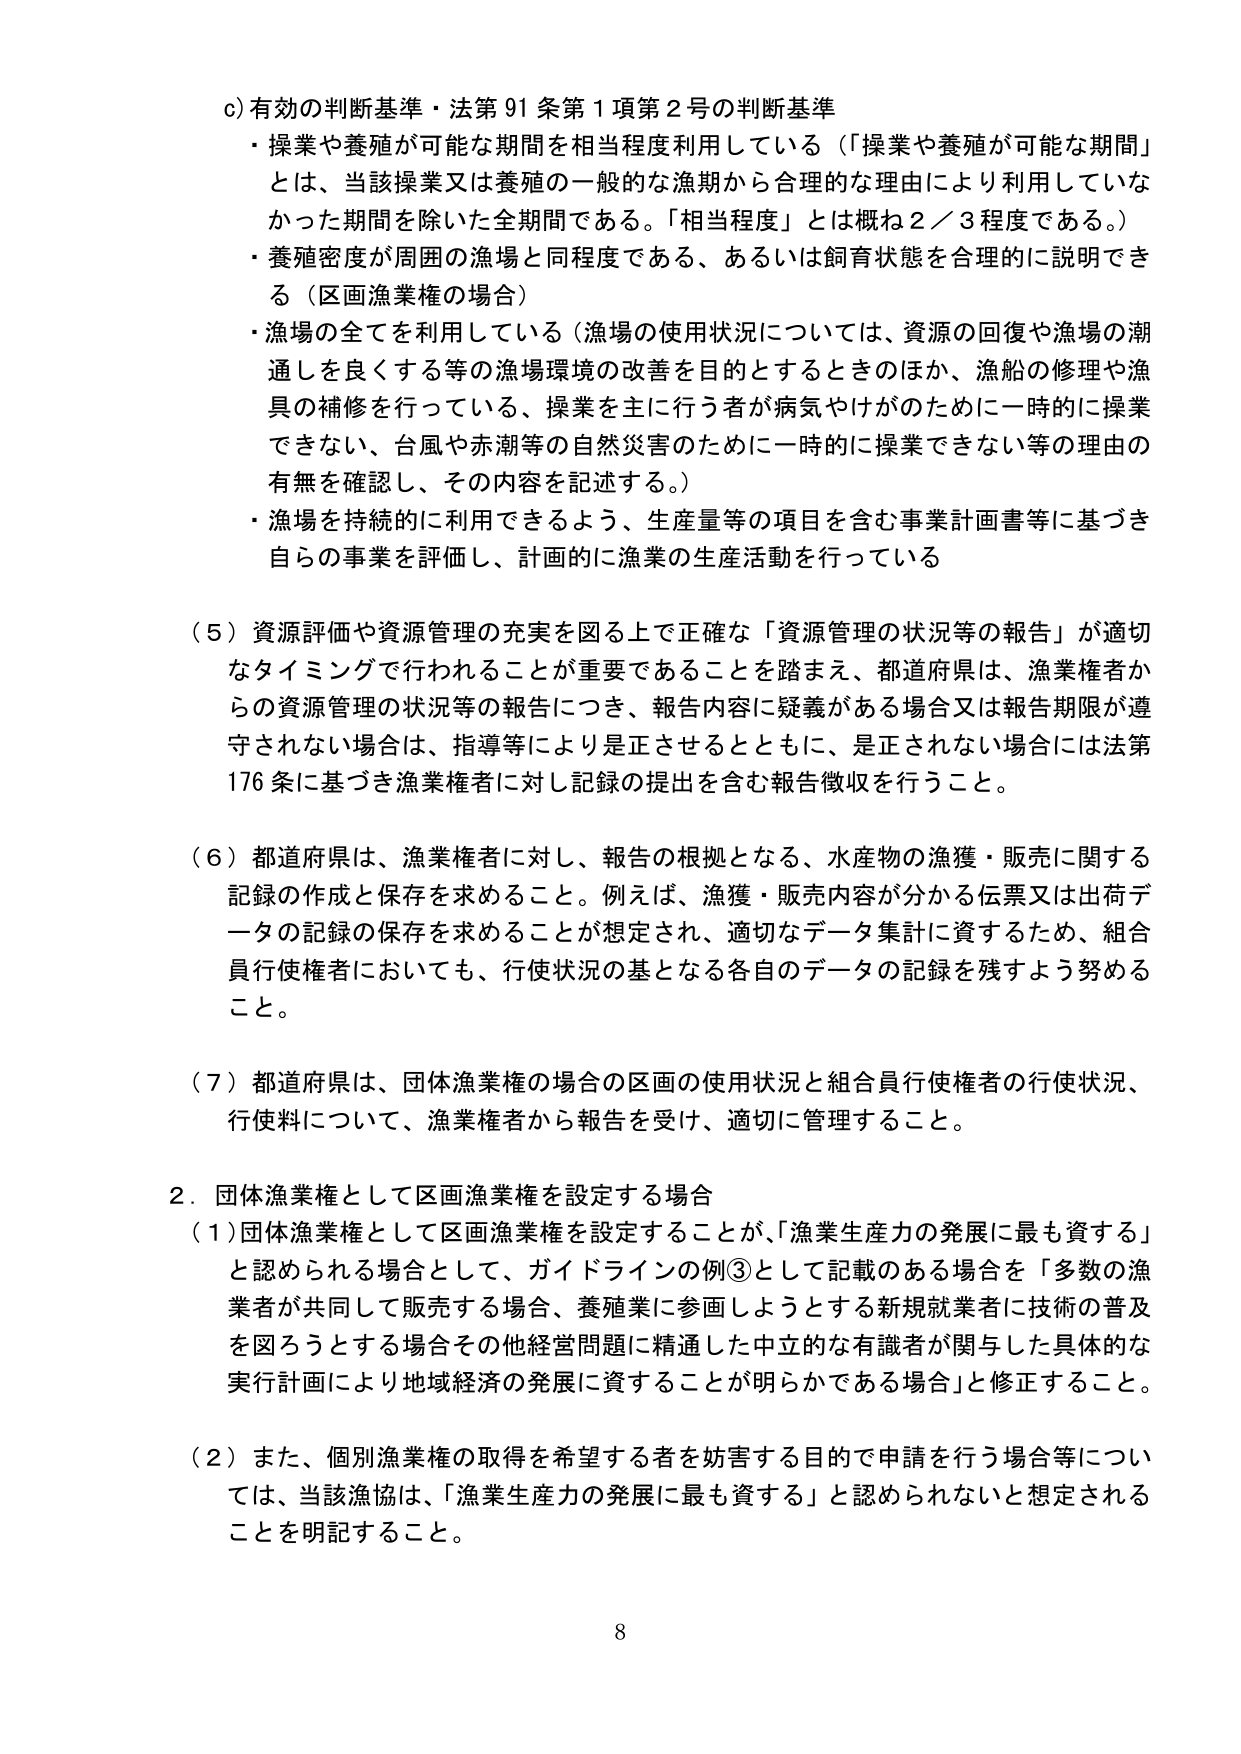
c) 有効の判断基準・法第91条第1項第2号の判断基準
・操業や養殖が可能な期間を相当程度利用している（「操業や養殖が可能な期間」とは、当該操業又は養殖の一般的な漁期から合理的な理由により利用していなかった期間を除いた全期間である。「相当程度」とは概ね2／3程度である。）
・養殖密度が周囲の漁場と同程度である、あるいは飼育状態を合理的に説明できる（区画漁業権の場合）
・漁場の全てを利用している（漁場の使用状況については、資源の回復や漁場の潮通しを良くする等の漁場環境の改善を目的とするときのほか、漁船の修理や漁具の補修を行っている、操業を主に行う者が病気やけがのために一時的に操業できない、台風や赤潮等の自然災害のために一時的に操業できない等の理由の有無を確認し、その内容を記述する。）
・漁場を持続的に利用できるよう、生産量等の項目を含む事業計画書等に基づき自らの事業を評価し、計画的に漁業の生産活動を行っている

（5）資源評価や資源管理の充実を図る上で正確な「資源管理の状況等の報告」が適切なタイミングで行われることが重要であることを踏まえ、都道府県は、漁業権者からの資源管理の状況等の報告につき、報告内容に疑義がある場合又は報告期限が遵守されない場合は、指導等により是正させるとともに、是正されない場合には法第176条に基づき漁業権者に対し記録の提出を含む報告徴収を行うこと。

（6）都道府県は、漁業権者に対し、報告の根拠となる、水産物の漁獲・販売に関する記録の作成と保存を求めること。例えば、漁獲・販売内容が分かる伝票又は出荷データの記録の保存を求めことが想定され、適切なデータ集計に資するため、組合員行使権者においても、行使状況の基となる各自のデータの記録を残すよう努めること。

（7）都道府県は、団体漁業権の場合の区画の使用状況と組合員行使権者の行使状況、行使料について、漁業権者から報告を受け、適切に管理すること。

2．団体漁業権として区画漁業権を設定する場合
（1）団体漁業権として区画漁業権を設定することが、「漁業生産力の発展に最も資する」と認められる場合として、ガイドラインの例③として記載のある場合を「多数の漁業者が共同して販売する場合、養殖業に参画しようとする新規就業者に技術の普及を図ろうとする場合その他経営問題に精通した中立的な有識者が関与した具体的な実行計画により地域経済の発展に資することが明らかである場合」と修正すること。

（2）また、個別漁業権の取得を希望する者を妨害する目的で申請を行う場合等については、当該漁協は、「漁業生産力の発展に最も資する」と認められないと思定されることを明記すること。

8